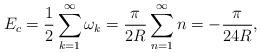
LaTeX: \begin{align*}E_c=\frac{1}{2}\sum_{k=1}^{\infty} \omega_k=\frac{\pi}{2R}\sum_{n=1}^{\infty} n=-\frac{\pi}{24R},\end{align*}